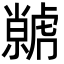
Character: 𮓭